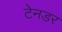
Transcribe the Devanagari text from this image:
टेनडर